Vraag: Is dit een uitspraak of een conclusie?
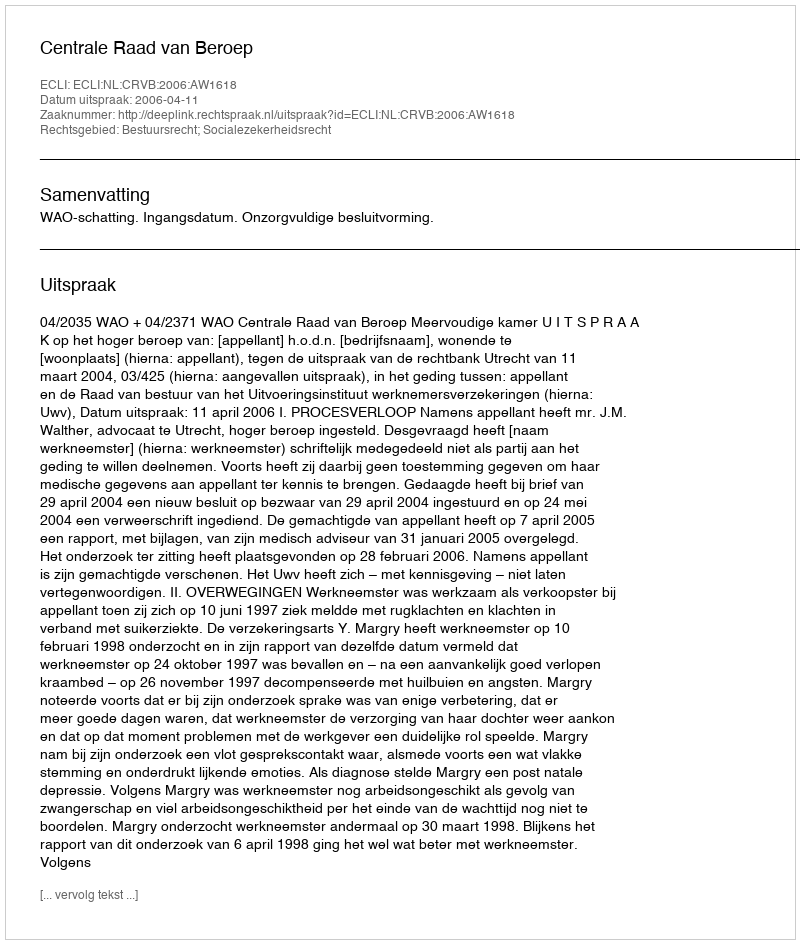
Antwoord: Uitspraak